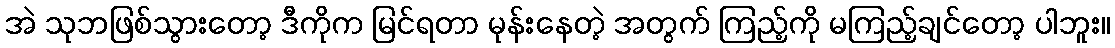
အဲ သုဘဖြစ်သွားတော့ ဒီကိုက မြင်ရတာ မုန်းနေတဲ့ အတွက် ကြည့်ကို မကြည့်ချင်တော့ ပါဘူး။